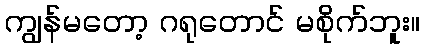
ကျွန်မတော့ ဂရုတောင် မစိုက်ဘူး။